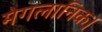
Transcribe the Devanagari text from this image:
मेगलानिक।